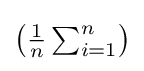
{\textstyle \left({\frac {1}{n}}\sum _{i=1}^{n}\right)}